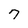
Character: 7